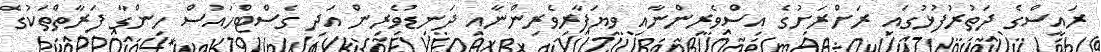
ރައީސްގެ ދަތުރުފުޅުގައި ރަށްރަށުގެ އިސްވެރިންނާއި ވިޔަފާރިވެރިންނާއި ދަނޑުވެރިން އަދި ގެސްޓްހައުސް ހިންގާ ފަރާތްތަކުގެ